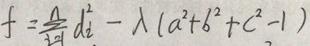
$f = \underset{i = 1}{\overset{4}{\sum}} d_{i}^{2}-\lambda(a^{2}+b^{2}+c^{2}-1)$